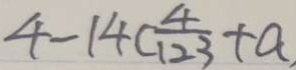
4 - 1 4 ( \frac { 4 } { 1 2 3 } + a